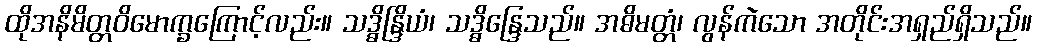
ထိုအနိမိတ္တဝိမောက္ခကြောင့်လည်း။ သဒ္ဓိန္ဒြိယံ၊ သဒ္ဓိန္ဒြေသည်။ အဓိမတ္တံ၊ လွန်ကဲသော အတိုင်းအရှည်ရှိသည်။